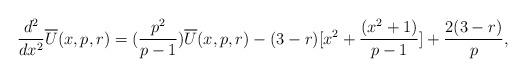
LaTeX: \begin{align*}\frac{d^2}{dx^2}\overline{U}(x,p,r)=(\frac{p^2}{p-1})\overline{U}(x,p,r)-(3-r)[x^2+\frac{(x^2+1)}{p-1}]+\frac{2(3-r)}{p},\end{align*}